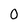
Character: 0